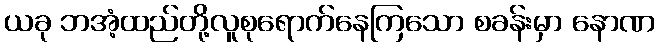
ယခု ဘအံ့ထည်တို့လူစုရောက်နေကြသော စခန်းမှာ နောဏ